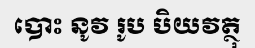
បោះ នូវ រូប បិយវត្ថុ